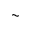
\sim